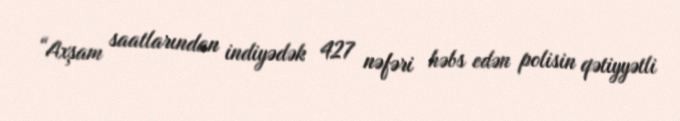
“Axşam saatlarından indiyədək 427 nəfəri həbs edən polisin qətiyyətli